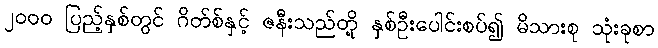
၂၀၀၀ ပြည့်နှစ်တွင် ဂိတ်စ်နှင့် ဇနီးသည်တို့ နှစ်ဦးပေါင်းစပ်၍ မိသားစု သုံးခုစာ